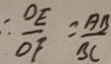
\therefore \frac { D E } { O F } = \frac { A B } { B C }